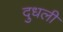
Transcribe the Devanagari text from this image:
दुधली